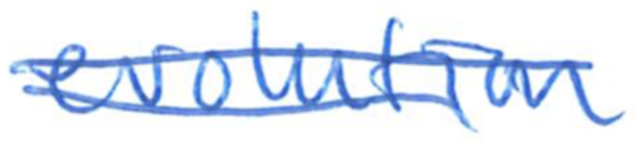
Text: evolution
Cross-out: double-line
Writing tool: ballpoint